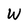
Character: W